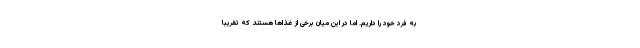
به فرد خود را داریم. اما در این میان برخی از غذاها هستند که تقریبا